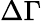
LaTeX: \Delta\Gamma